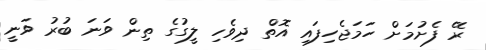
ރޭ ފެށުމަށް ހަމަޖެހިފައި އޮތް ދިވެހި ލީގުގެ ތިން ވަނަ ބުރު ވަނީ